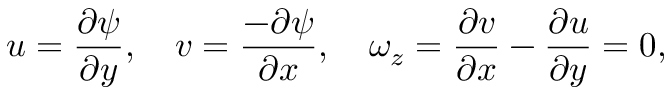
u = \frac { \partial \psi } { \partial y } , \quad v = \frac { - \partial \psi } { \partial x } , \quad \omega _ { z } = \frac { \partial v } { \partial x } - \frac { \partial u } { \partial y } = 0 ,